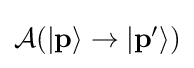
{\textstyle {\mathcal {A}}(|\mathbf {p} \rangle \to |\mathbf {p} '\rangle )}